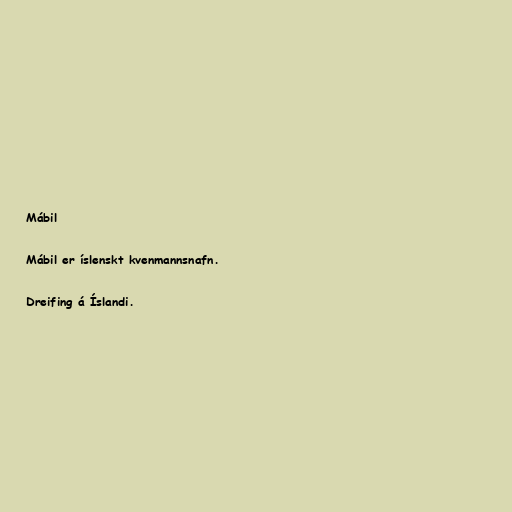
Mábil

Mábil er íslenskt kvenmannsnafn.

Dreifing á Íslandi.